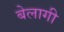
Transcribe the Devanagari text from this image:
बेलागी